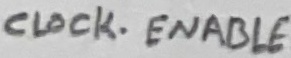
Text: CLOCK-ENABLE